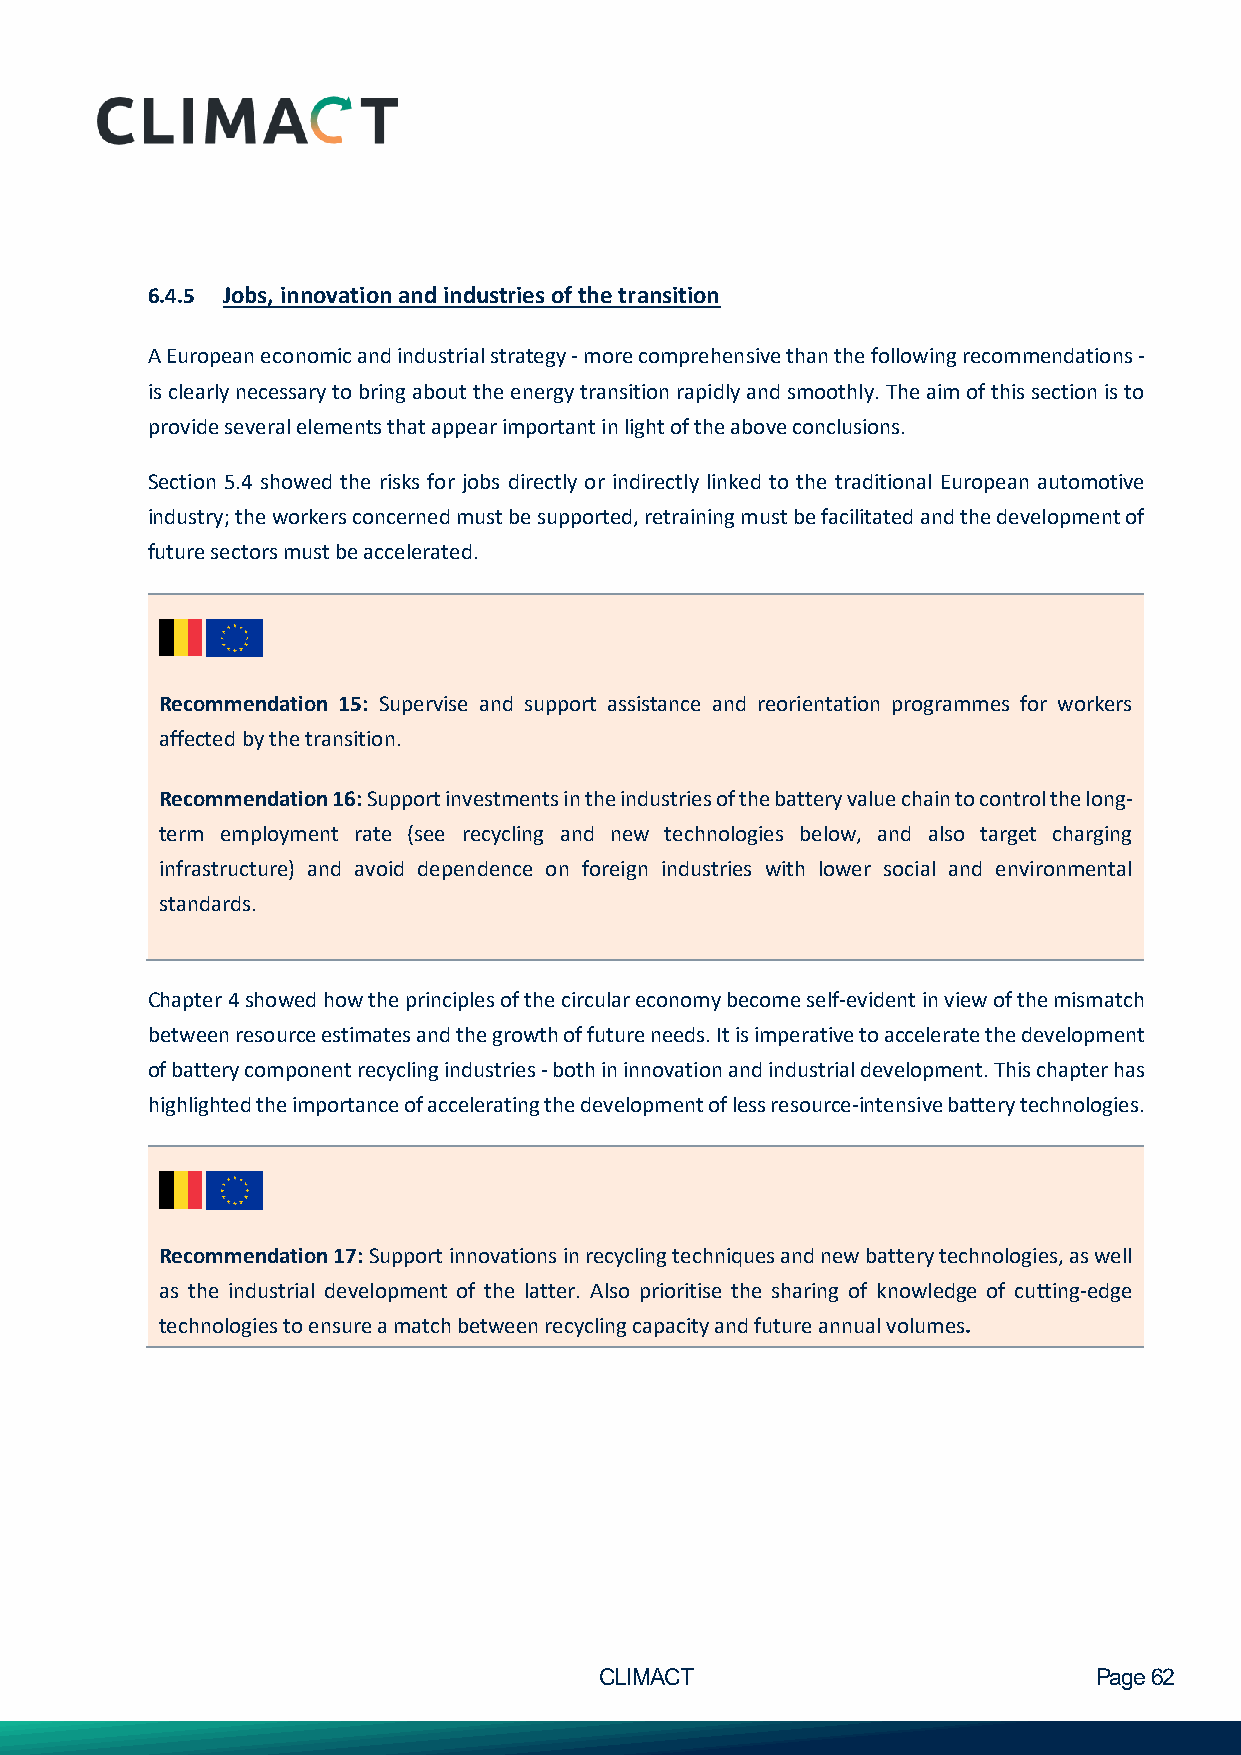
6.4.5 Jobs, innovation and industries of the transition
 A European economic and industrial strategy - more comprehensive than the following recommendations -
 is clearly necessary to bring about the energy transition rapidly and smoothly. The aim of this section is to
 provide several elements that appear important in light of the above conclusions.
 Section 5.4 showed the risks for jobs directly or indirectly linked to the traditional European automotive
 industry; the workers concerned must be supported, retraining must be facilitated and the development of
 future sectors must be accelerated.
 Recommendation 15: Supervise and support assistance and reorientation programmes for workers
 affected by the transition.
 Recommendation 16: Support investments in the industries of the battery value chain to control the long-
 term employment rate (see recycling and new technologies below, and also target charging
 infrastructure) and avoid dependence on foreign industries with lower social and environmental
 standards.
 Chapter 4 showed how the principles of the circular economy become self-evident in view of the mismatch
 between resource estimates and the growth of future needs. It is imperative to accelerate the development
 of battery component recycling industries - both in innovation and industrial development. This chapter has
 highlighted the importance of accelerating the development of less resource-intensive battery technologies.
 Recommendation 17: Support innovations in recycling techniques and new battery technologies, as well
 as the industrial development of the latter. Also prioritise the sharing of knowledge of cutting-edge
 technologies to ensure a match between recycling capacity and future annual volumes.
 CLIMACT                         Page 62